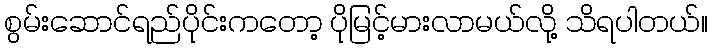
စွမ်းဆောင်ရည်ပိုင်းကတော့ ပိုမြင့်မားလာမယ်လို့ သိရပါတယ်။